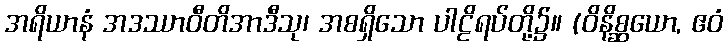
အရိယာနံ အဒဿာဝီတိအာဒီသု၊ အစရှိသော ပါဠိရပ်တို့၌။ (ဝိနိစ္ဆယော, ဧဝံ